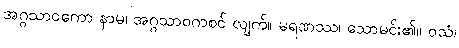
အဂ္ဂသာဝကော နာမ၊ အဂ္ဂသာဝကစင် လျက်။ မရဏဿ၊ သောမင်း၏။ ဝသံ၊